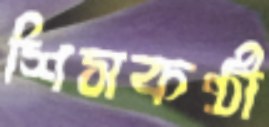
শিসকণ্ঠী